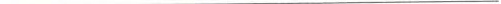
___